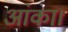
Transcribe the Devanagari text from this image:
आंका।